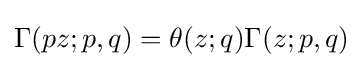
\Gamma (pz;p,q)=\theta (z;q)\Gamma (z;p,q)